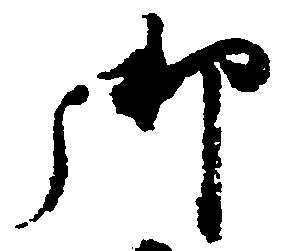
御